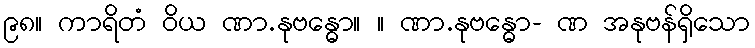
၉၈။ ကာရိတံ ဝိယ ဏာ.နုဗန္ဓော။ ။ ဏာ.နုဗန္ဓော- ဏ အနုဗန်ရှိသော